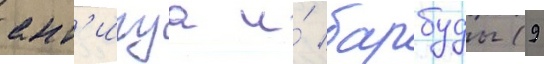
ант'игуа и́ барбуды (9